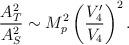
LaTeX: \begin{align*}\frac{A_T^2}{A_S^2} \sim M_p^2 \left(\frac{V_4'}{V_4} \right)^2.\end{align*}